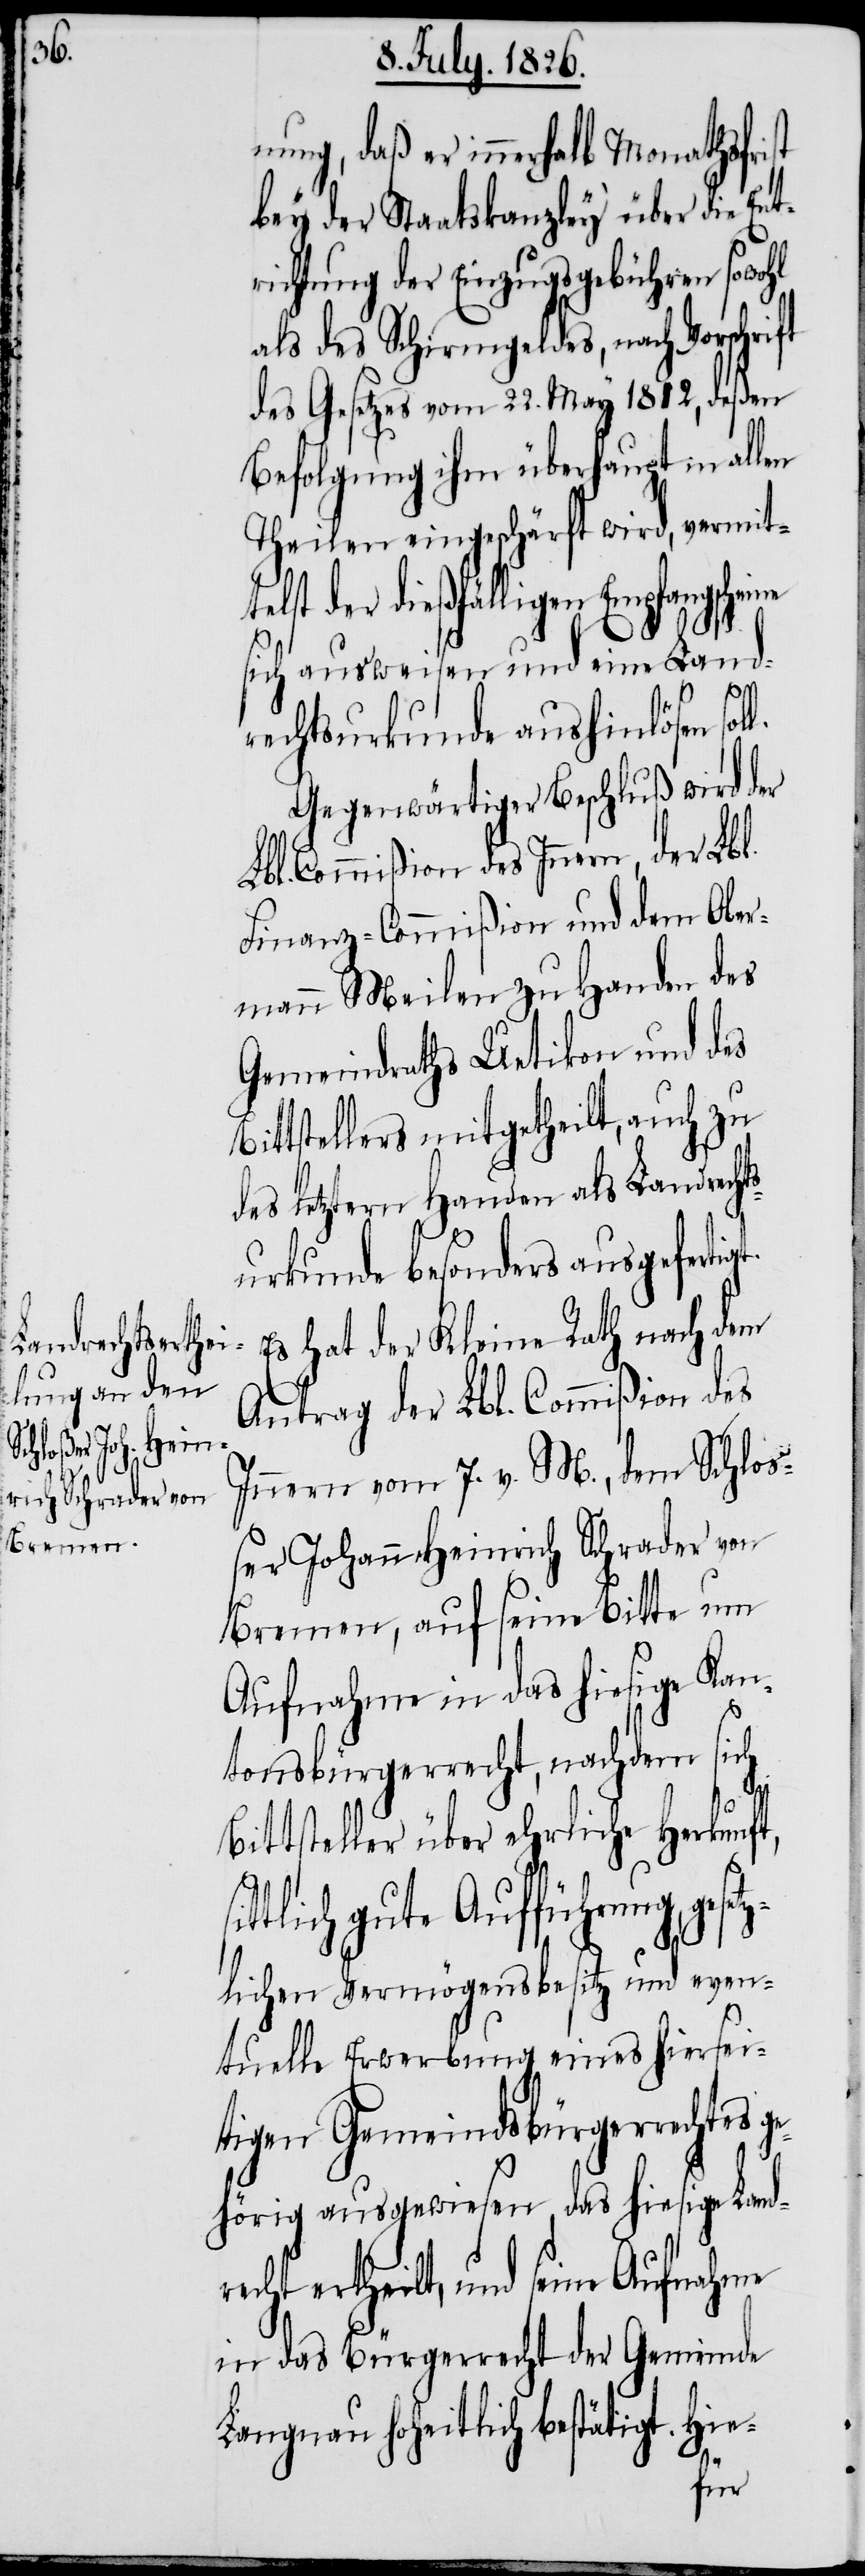
B¬

nung, daß er innerhalb Monathsfrist
bey der Staatskanzley über die Ent¬
richtung der Einzugsgebühren sowohl
als des Schirmgeldes, nach Vorschrift
des Gesetzes vom 22. May 1812, deßen
Befolgung ihm überhaupt in allen
Theilen eingeschärft wird, vermit¬
elst der dießfälligen Empfangschei¬
sich ausweisen und eine Land¬
sit¬
rechtsurkunde aushinlösen sol¬
Gegenwärtiger Beschluß wird der
Lbl. Commißion des Innern, der Lbl.
Finanz-Commißion und dem Ober¬
Meilen zu Handen des
Gemeindraths Uetikon und des
ittstellers mitgetheilt, auch zu
des letztern Handen als Landrechts¬
urkunde besonders ausgefertig¬
Es hat der Kleine Rath nach dem
Antrag der Lbl. Commißion des
Innern vom 7. v. M., dem Schloß¬
er Johann Heinrich Schrader von
Bremen, auf seine Bitte um
Aufnahme in das hiesige Kan¬
tonsbürgerrecht, nachdem sich
Bittsteller über ehrliche Herkunft,
tlich gute Aufführung, ges¬
etzlichen Vermögensbesitz und even¬
tuelle Erwerbung eines hiersei¬
tigen Gemeindsbürgerrechtes g¬
t.
ehörig ausgewiesen, das hiesige Land¬
recht ertheilt, und seine Aufnahme
in das Bürgerrecht der Gemeinde
Langnau hoheitlich bestätigt. Hie-